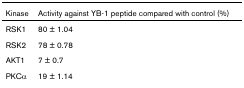
<table><thead><tr><td><b>Kinase</b></td><td><b>Activity against YB-1 peptide compared with control (%)</b></td></tr></thead><tbody><tr><td>RSK1</td><td>80 ± 1.04</td></tr><tr><td>RSK2</td><td>78 ± 0.78</td></tr><tr><td>AKT1</td><td>7 ± 0.7</td></tr><tr><td>PKCα</td><td>19 ± 1.14</td></tr></tbody></table>